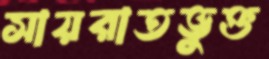
সায়রাতভুক্ত